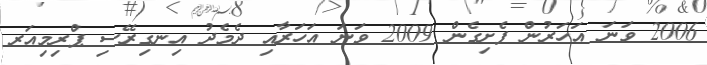
2006 ވަނަ އަހަރުން ފެށިގެން 2009 ވަނަ އަހަރާއި ދެމެދު އިނގިރޭސި ޕްރިމިއަރ